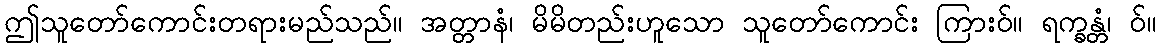
ဤသူတော်ကောင်းတရားမည်သည်။ အတ္တာနံ၊ မိမိတည်းဟူသော သူတော်ကောင်း ကြားဝ်။ ရက္ခန္တံ၊ ဝ်။